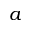
a